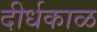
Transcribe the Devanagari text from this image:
दीर्धकाळ